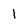
Character: l